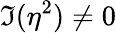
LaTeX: \Im(\eta^{2})\ne 0